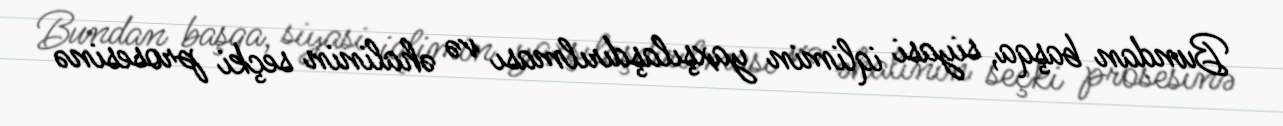
Bundan başqa, siyasi iqlimin yaxşılaşdırılması və əhalinin seçki prosesinə